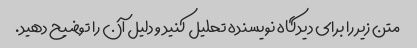
متن زیر را برای دیدگاه نویسنده تحلیل کنید و دلیل آن را توضیح دهید.